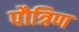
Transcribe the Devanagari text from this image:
पौत्रिण